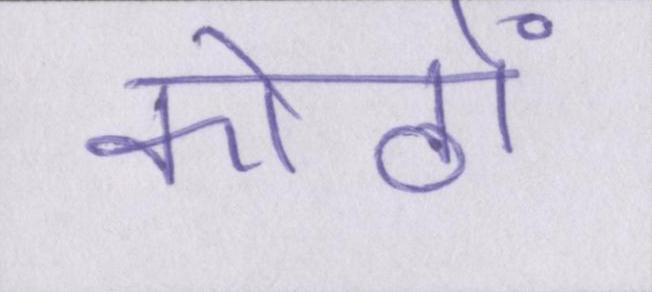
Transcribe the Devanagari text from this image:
कोठों